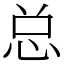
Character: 总